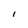
Character: l